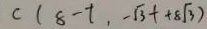
C ( 8 - t , - \sqrt { 3 } + + 8 \sqrt { 3 } )